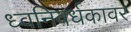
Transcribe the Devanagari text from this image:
ध्वनिवर्धकावर